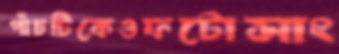
পাঁচটিকেওফটোসাং